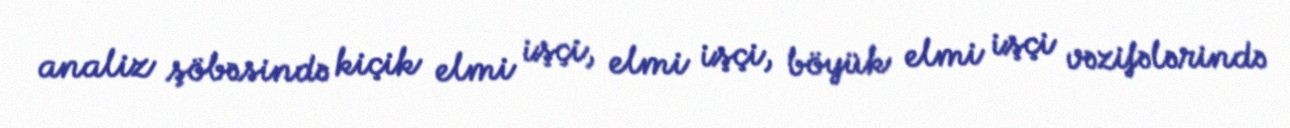
analiz şöbəsində kiçik elmi işçi, elmi işçi, böyük elmi işçi vəzifələrində